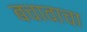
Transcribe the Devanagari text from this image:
बचावाचा